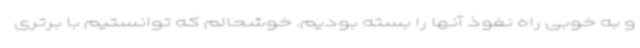
و به خوبی راه نفوذ آنها را بسته بودیم. خوشحالم که توانستیم با برتری